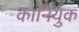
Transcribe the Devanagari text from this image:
कानियुक